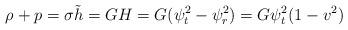
LaTeX: \begin{align*} \rho+p=\sigma \tilde{h}=GH=G(\psi_t^2-\psi_r^2)=G\psi_t^2(1-v^2)\end{align*}